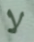
لا